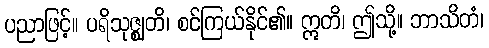
ပညာဖြင့်။ ပရိသုဇ္ဈတိ၊ စင်ကြယ်နိုင်၏။ ဣတိ၊ ဤသို့။ ဘာသိတံ၊